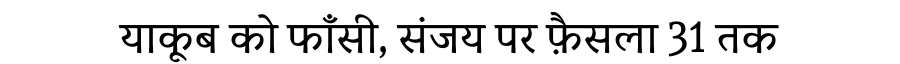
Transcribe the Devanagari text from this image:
याकूब को फाँसी, संजय पर फ़ैसला 31 तक